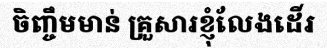
ចិញ្ចឹមមាន់ គ្រួសារខ្ញុំលែងដើរ